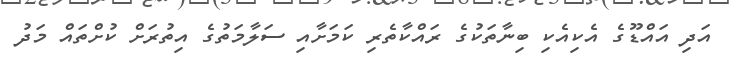
އަދި އައްޑޫގެ އެކިއެކި ބިނާތަކުގެ ރައްކާތެރި ކަމަށާއި ސަލާމަތުގެ އިތުރަށް ކުށްތައް މަދު